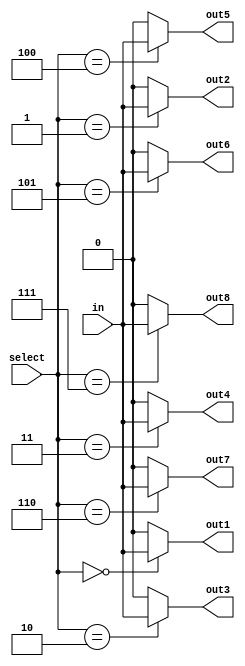
module demux (
  input wire [2:0] select,
  input wire in,
  output wire out1,
  output wire out2,
  output wire out3,
  output wire out4,
  output wire out5,
  output wire out6,
  output wire out7,
  output wire out8
);

assign out1 = (select == 3'b000) ? in : 1'b0;
assign out2 = (select == 3'b001) ? in : 1'b0;
assign out3 = (select == 3'b010) ? in : 1'b0;
assign out4 = (select == 3'b011) ? in : 1'b0;
assign out5 = (select == 3'b100) ? in : 1'b0;
assign out6 = (select == 3'b101) ? in : 1'b0;
assign out7 = (select == 3'b110) ? in : 1'b0;
assign out8 = (select == 3'b111) ? in : 1'b0;

endmodule